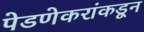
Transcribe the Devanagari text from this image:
पेडणेकरांकडून